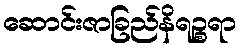
ဆောင်းဇာခြည်နိရဉ္စရာ